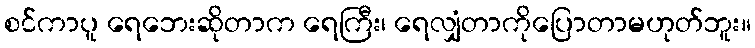
စင်ကာပူ ရေဘေးဆိုတာက ရေကြီး၊ ရေလျှံတာကိုပြောတာမဟုတ်ဘူး။